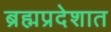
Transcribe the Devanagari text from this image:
ब्रह्मप्रदेशात